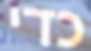
כדי